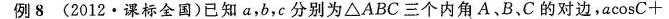
例8 (2012·课标全国)已知a，b，c分别为△ABC三个内角A、B、C的对边，a\cosC+